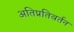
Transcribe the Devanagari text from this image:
अतिप्रतिवर्तन